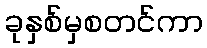
ခုနှစ်မှစတင်ကာ